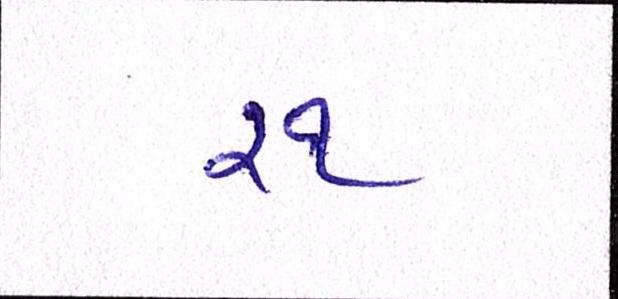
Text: ૨૧